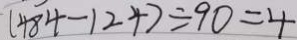
( 4 8 4 - 1 2 4 ) \div 9 0 = 4